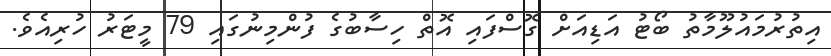
އިތުރުމައުލޫމާތު ބޯޓު އަޑިއަށް ގޮސްފައި އޮތް ހިސާބުގެ ފުންމިނުގައި 79 މީޓަރު ހުރިއެވެ.